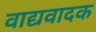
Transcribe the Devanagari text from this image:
वाद्यवादक